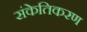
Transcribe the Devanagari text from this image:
संकेतिकरण